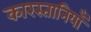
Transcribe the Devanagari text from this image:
कारस्तानियाँ